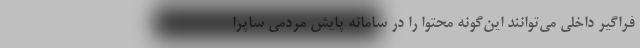
فراگیر داخلی می‌توانند این‌گونه محتوا را در سامانه پایش مردمی ساپرا